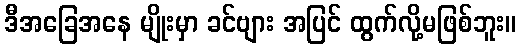
ဒီအခြေအနေ မျိုးမှာ ခင်ဗျား အပြင် ထွက်လို့မဖြစ်ဘူး။